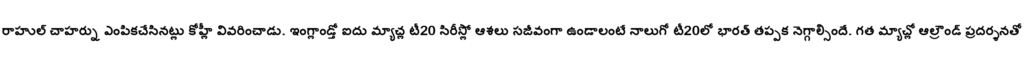
రాహుల్ చాహర్ను ఎంపికచేసినట్లు కోహ్లీ వివరించాడు. ఇంగ్లాండ్తో ఐదు మ్యాచ్ల టీ20 సిరీస్లో ఆశలు సజీవంగా ఉండాలంటే నాలుగో టీ20లో భారత్ తప్పక నెగ్గాల్సిందే. గత మ్యాచ్లో ఆల్రౌండ్ ప్రదర్శనతో